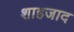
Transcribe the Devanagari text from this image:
शाहजाद